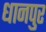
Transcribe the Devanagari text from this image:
धानपुर